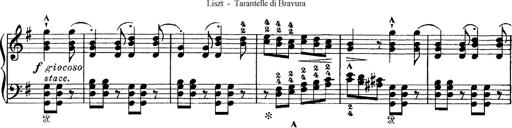
Title: Tarantelle di bravura dâ€™aprÃ¨s la tarantelle de La muette de Portici
Composer: Franz Liszt